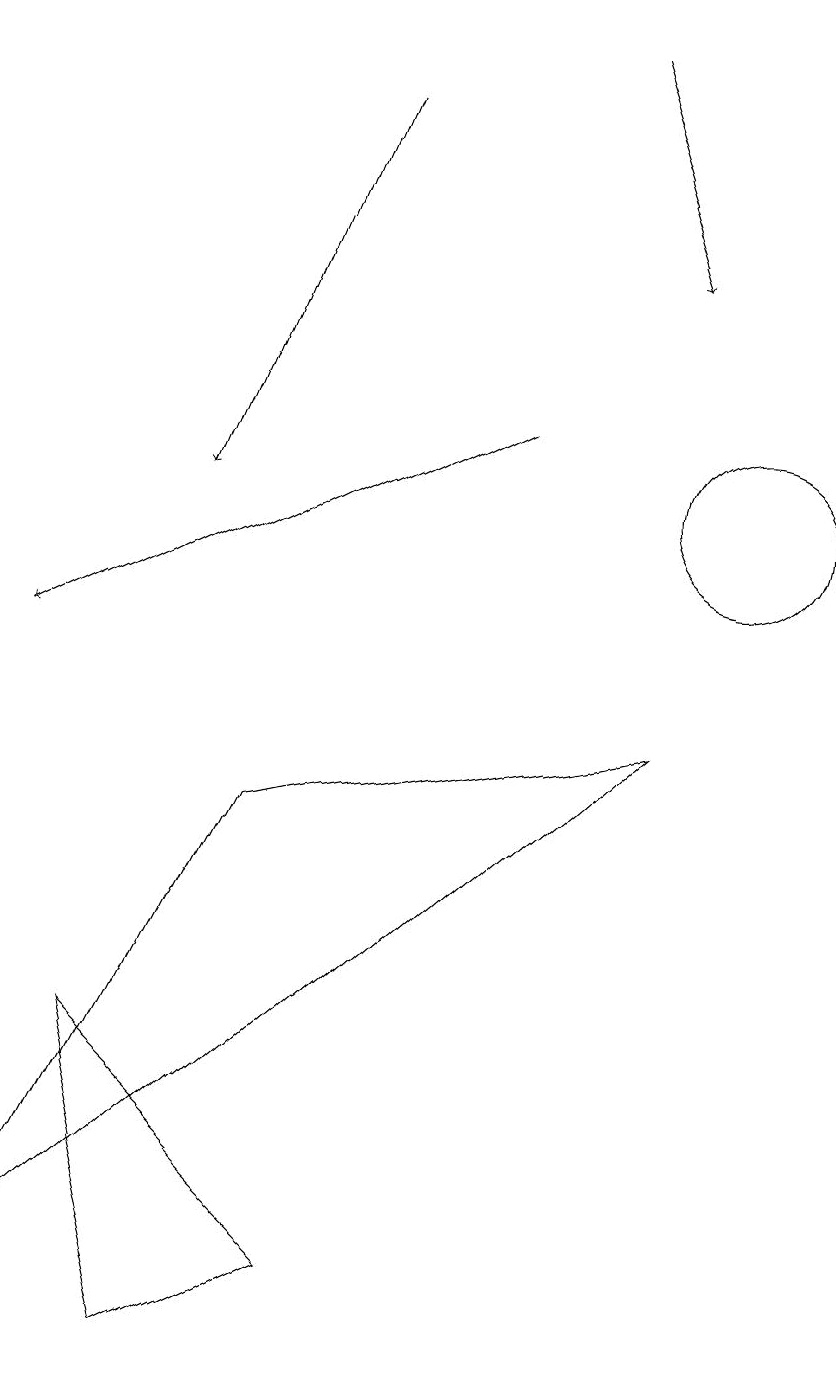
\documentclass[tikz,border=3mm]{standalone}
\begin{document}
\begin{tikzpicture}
\draw[->] (8,18) -- (9,15);
\draw (9,9) -- (1,2) -- (4,8) -- cycle;
\draw (10,12) circle (1);
\draw[->] (5,17) -- (3,12);
\draw (3,1) -- (2,5) -- (5,2) -- cycle;
\draw[->] (7,13) -- (1,10);
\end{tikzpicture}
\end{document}